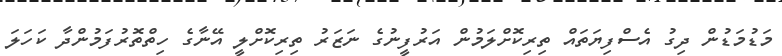
މަޑުމަޑުން ދިގު އެސްފިޔަތައް ތިރިކޮށްލަމުން އަރުފީނުގެ ނަޒަރު ތިރިކޮށްލީ އޭނާގެ ހިތްތޮރުފަމުންދާ ކަހަލަ